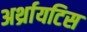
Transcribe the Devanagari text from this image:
अर्थ्रायटिस